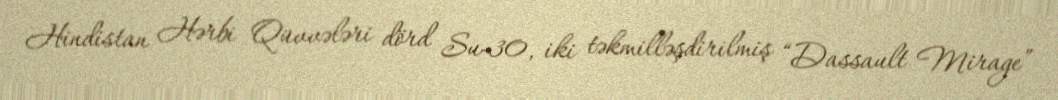
Hindistan Hərbi Qüvvələri dörd Su-30, iki təkmilləşdirilmiş “Dassault Mirage”